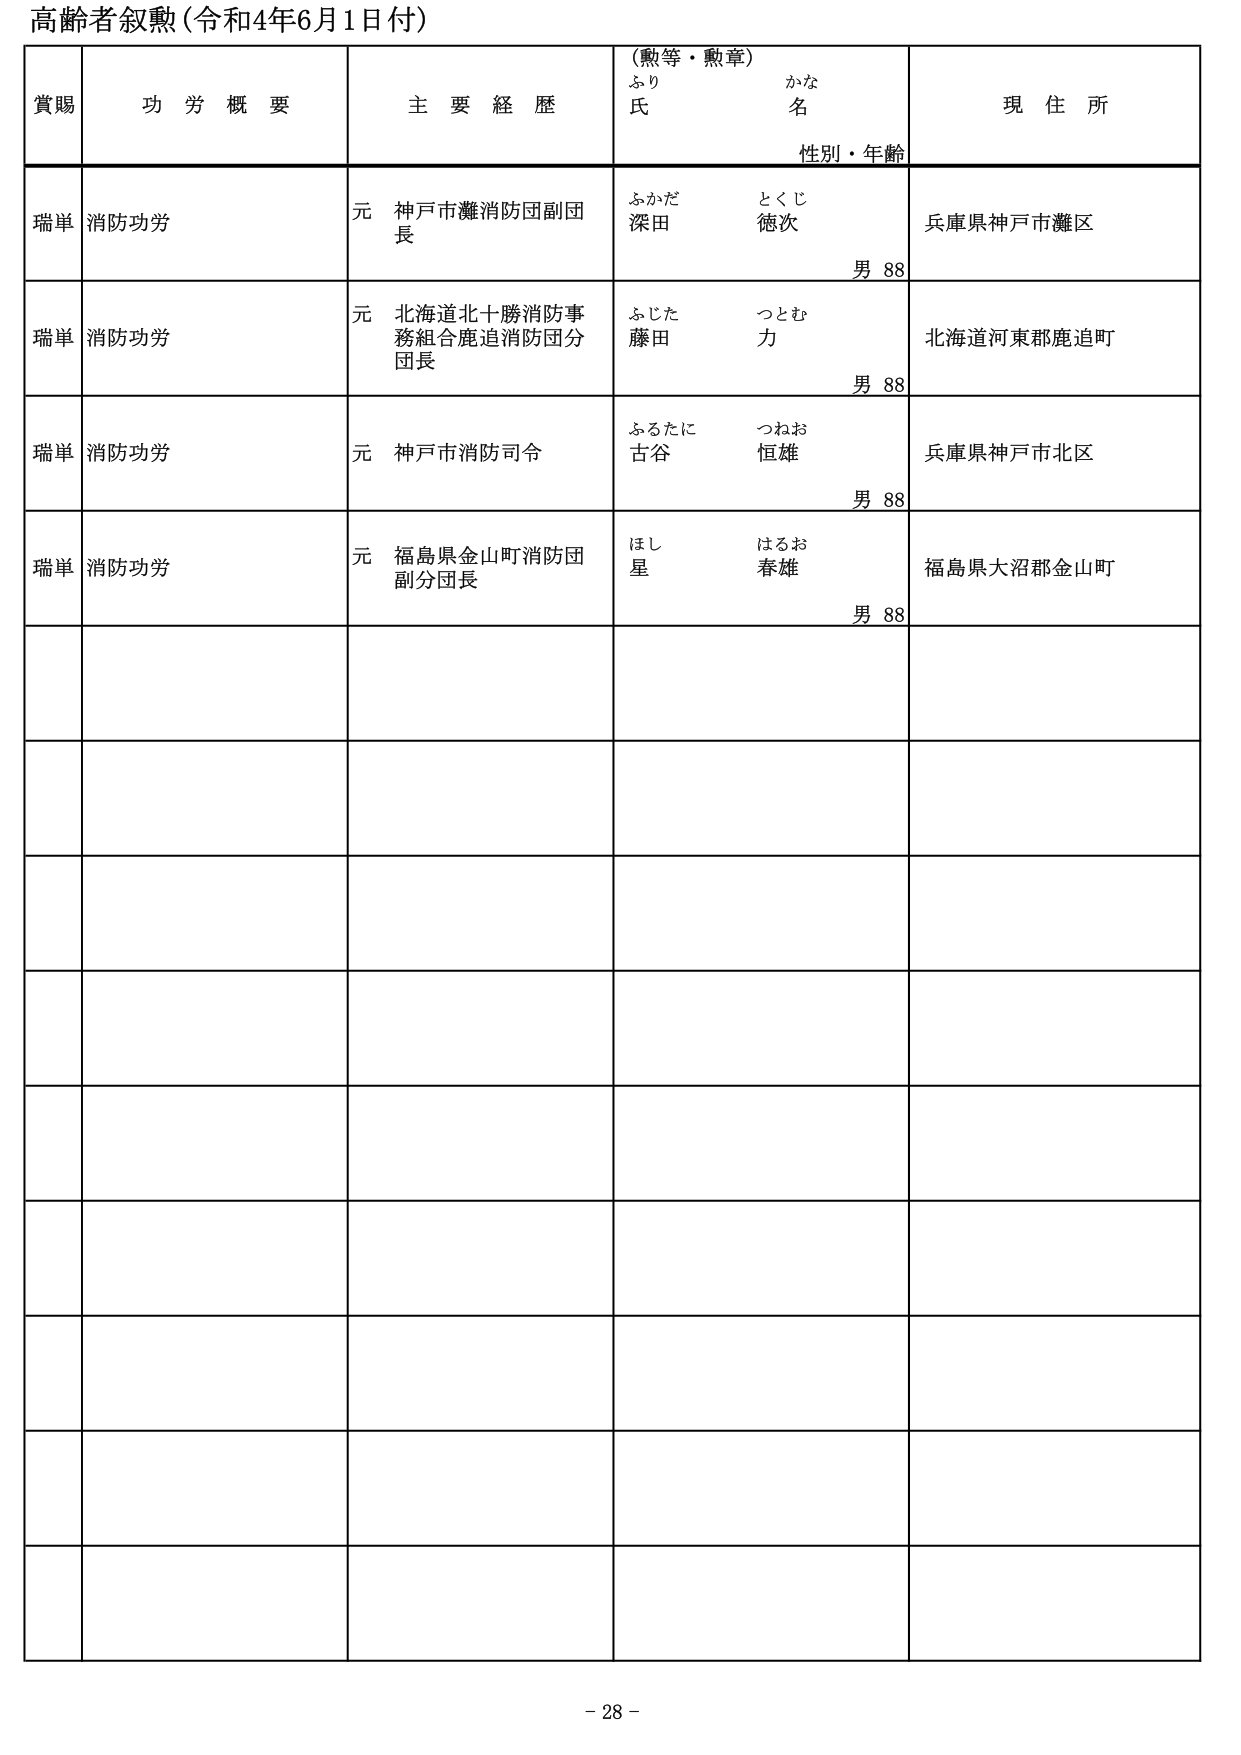
高齢者叙勲（令和4年6月1日付）

賞賜　　功労概要　　主要経歴　　（勲等・勲章）　　現住所
　　　　　　　　　　　　　ふり　　かな
　　　　　　　　　　　　　氏　　　名
　　　　　　　　　　　　　　性別・年齢

瑞単　消防功労　　元　神戸市灘消防団副団長　　ふかだ　　とくじ　　兵庫県神戸市灘区
　　　　　　　　　　　　　　　　　　　　　　　深田　　徳次　　　　男 88

瑞単　消防功労　　元　北海道北十勝消防事務組合鹿追消防団分団長　　ふじた　　つとむ　　北海道河東郡鹿追町
　　　　　　　　　　　　　　　　　　　　　　　　　　　　　　　　藤田　　力　　　　男 88

瑞単　消防功労　　元　神戸市消防司令　　ふるたに　　つねお　　兵庫県神戸市北区
　　　　　　　　　　　　　　　　　　　　　古谷　　恒雄　　　　男 88

瑞単　消防功労　　元　福島県金山町消防団副分団長　　ほし　　はるお　　福島県大沼郡金山町
　　　　　　　　　　　　　　　　　　　　　　　　　星　　春雄　　　　男 88

- 28 -